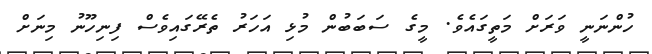
ހުންނަނީ ވަރަށް މަތީގައެވެ. މީގެ ސަބަބުން މުޅި އަހަރު ތެރޭގައިވެސް ފިނިހޫނު މިނަށް